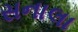
સનાલા